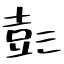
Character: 彭